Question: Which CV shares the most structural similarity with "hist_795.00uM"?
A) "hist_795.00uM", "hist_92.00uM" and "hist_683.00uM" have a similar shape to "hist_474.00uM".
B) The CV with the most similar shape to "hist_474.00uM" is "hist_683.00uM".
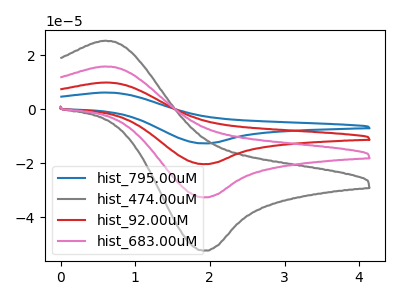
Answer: <think>The blue curve "hist_795.00uM" has an anodic peak at (0.60V, 47.30uA) and a cathodic peak at (1.90V, -97.95uA). The gray curve "hist_474.00uM" has an anodic peak at (0.60V, 25.30uA) and a cathodic peak at (1.90V, -52.35uA). The red curve "hist_92.00uM" has an anodic peak at (0.60V, 31.55uA) and a cathodic peak at (1.90V, -65.30uA). The pink curve "hist_683.00uM" has an anodic peak at (0.60V, 15.75uA) and a cathodic peak at (1.90V, -32.65uA).
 All the peaks in "hist_795.00uM" have a peak in "hist_474.00uM" at the same potential. Every peak in "hist_795.00uM" is higher than every peak in "hist_474.00uM". All the peaks in "hist_795.00uM" have a peak in "hist_92.00uM" at the same potential. Every peak in "hist_795.00uM" is higher than every peak in "hist_92.00uM". All the peaks in "hist_795.00uM" have a peak in "hist_683.00uM" at the same potential. Every peak in "hist_795.00uM" is higher than every peak in "hist_683.00uM". All the peaks in "hist_474.00uM" have a peak in "hist_92.00uM" at the same potential. Every peak in "hist_474.00uM" is lower than every peak in "hist_92.00uM". All the peaks in "hist_474.00uM" have a peak in "hist_683.00uM" at the same potential. Every peak in "hist_474.00uM" is higher than every peak in "hist_683.00uM". All the peaks in "hist_92.00uM" have a peak in "hist_683.00uM" at the same potential. Every peak in "hist_92.00uM" is higher than every peak in "hist_683.00uM".</think>
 <answer>A) "hist_795.00uM", "hist_92.00uM" and "hist_683.00uM" have a similar shape to "hist_474.00uM".</answer>
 <eval>A</eval>